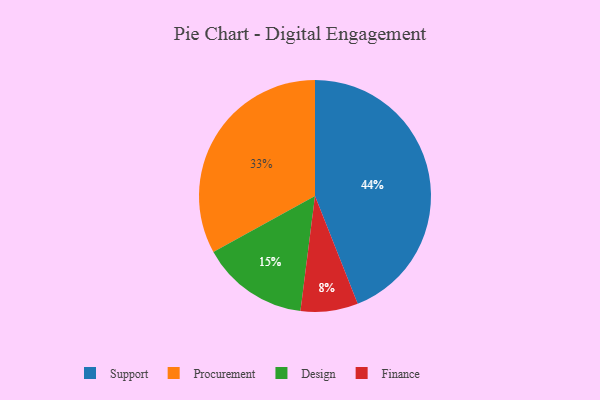
{"axis": {"x": "Category", "y": "Percentage"}, "legend": ["Design", "Finance", "Procurement", "Support"], "data": [{"x": "Design", "y": 15, "type": "Design"}, {"x": "Procurement", "y": 33, "type": "Procurement"}, {"x": "Support", "y": 44, "type": "Support"}, {"x": "Finance", "y": 8, "type": "Finance"}]}